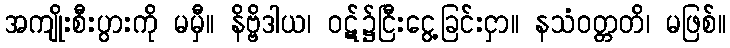
အကျိုးစီးပွားကို မမှီ။ နိဗ္ဗိဒါယ၊ ဝဋ်၌ငြီးငွေ့ခြင်းငှာ။ နသံဝတ္တတိ၊ မဖြစ်။